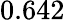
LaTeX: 0.642